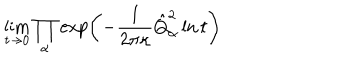
\lim _ { t \rightarrow 0 } \prod _ { \alpha } \exp \left( - \frac { 1 } { 2 \pi \kappa } \hat { Q } _ { \alpha } ^ { 2 } \ln t \right)